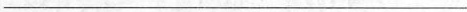
___